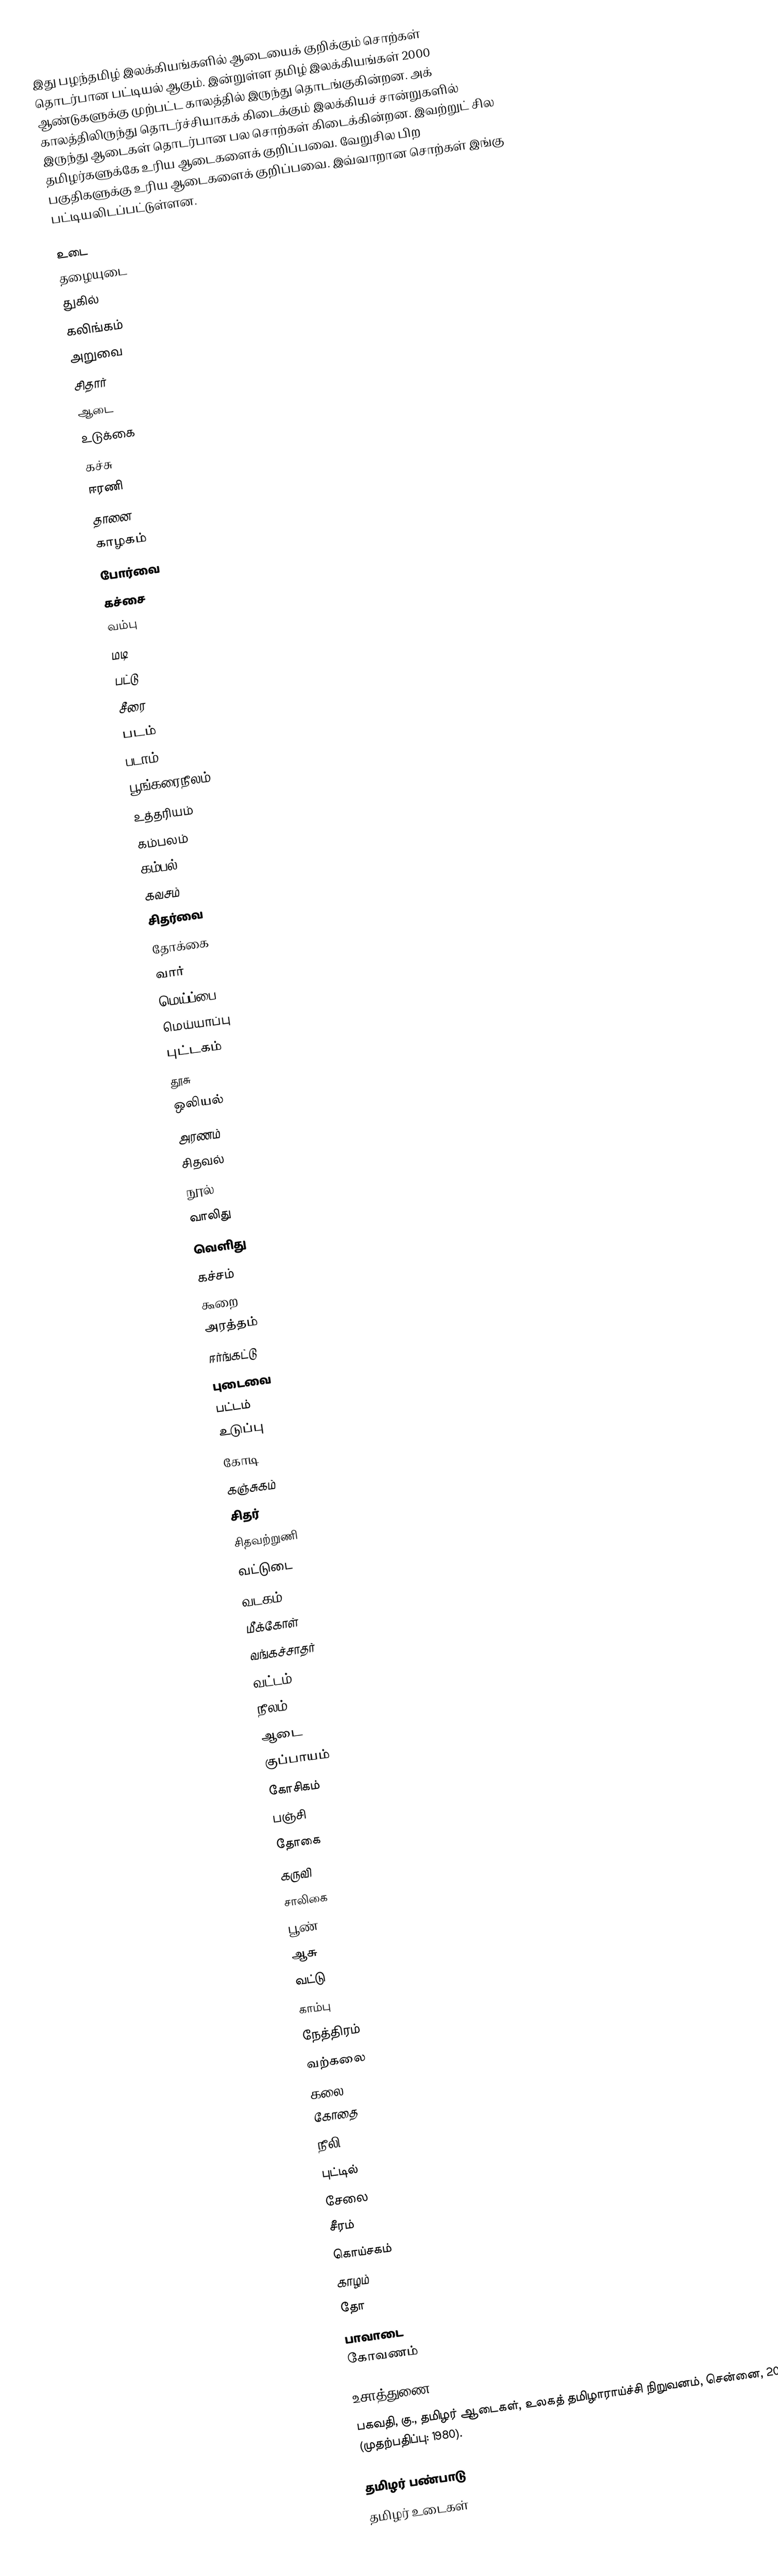
இது பழந்தமிழ் இலக்கியங்களில் ஆடையைக் குறிக்கும் சொற்கள் தொடர்பான பட்டியல் ஆகும். இன்றுள்ள தமிழ் இலக்கியங்கள் 2000 ஆண்டுகளுக்கு முற்பட்ட காலத்தில் இருந்து தொடங்குகின்றன. அக் காலத்திலிருந்து தொடர்ச்சியாகக் கிடைக்கும் இலக்கியச் சான்றுகளில் இருந்து ஆடைகள் தொடர்பான பல சொற்கள் கிடைக்கின்றன. இவற்றுட் சில தமிழர்களுக்கே உரிய ஆடைகளைக் குறிப்பவை. வேறுசில பிற பகுதிகளுக்கு உரிய ஆடைகளைக் குறிப்பவை. இவ்வாறான சொற்கள் இங்கு பட்டியலிடப்பட்டுள்ளன.

 உடை
 தழையுடை
 துகில்
 கலிங்கம்
 அறுவை
 சிதார்
 ஆடை
 உடுக்கை
 கச்சு
 ஈரணி
 தானை
 காழகம்
 போர்வை
 கச்சை
 வம்பு
 மடி
 பட்டு
 சீரை
 படம்
 படாம்
 பூங்கரைநீலம்
 உத்தரியம்
 கம்பலம்
 கம்பல்
 கவசம்
 சிதர்வை
 தோக்கை
 வார்
 மெய்ப்பை
 மெய்யாப்பு
 புட்டகம்
 தூசு
 ஒலியல்
 அரணம்
 சிதவல்
 நூல்
 வாலிது
 வெளிது
 கச்சம்
 கூறை
 அரத்தம்
 ஈர்ங்கட்டு
 புடைவை
 பட்டம்
 உடுப்பு
 கோடி
 கஞ்சுகம்
 சிதர்
 சிதவற்றுணி
 வட்டுடை
 வடகம்
 மீக்கோள்
 வங்கச்சாதர்
 வட்டம்
 நீலம்
 ஆடை
 குப்பாயம்
 கோசிகம்
 பஞ்சி
 தோகை
 கருவி
 சாலிகை
 பூண்
 ஆசு
 வட்டு
 காம்பு
 நேத்திரம்
 வற்கலை
 கலை
 கோதை
 நீலி
 புட்டில்
 சேலை
 சீரம்
 கொய்சகம்
 காழம்
 தோ
 பாவாடை
 கோவணம்

உசாத்துணை
 பகவதி, கு., தமிழர் ஆடைகள், உலகத் தமிழாராய்ச்சி நிறுவனம், சென்னை, 2003. (முதற்பதிப்பு: 1980).

தமிழர் பண்பாடு
தமிழர் உடைகள்